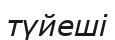
түйеші